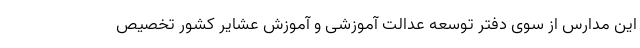
این مدارس از سوی دفتر توسعه عدالت آموزشی و آموزش عشایر کشور تخصیص